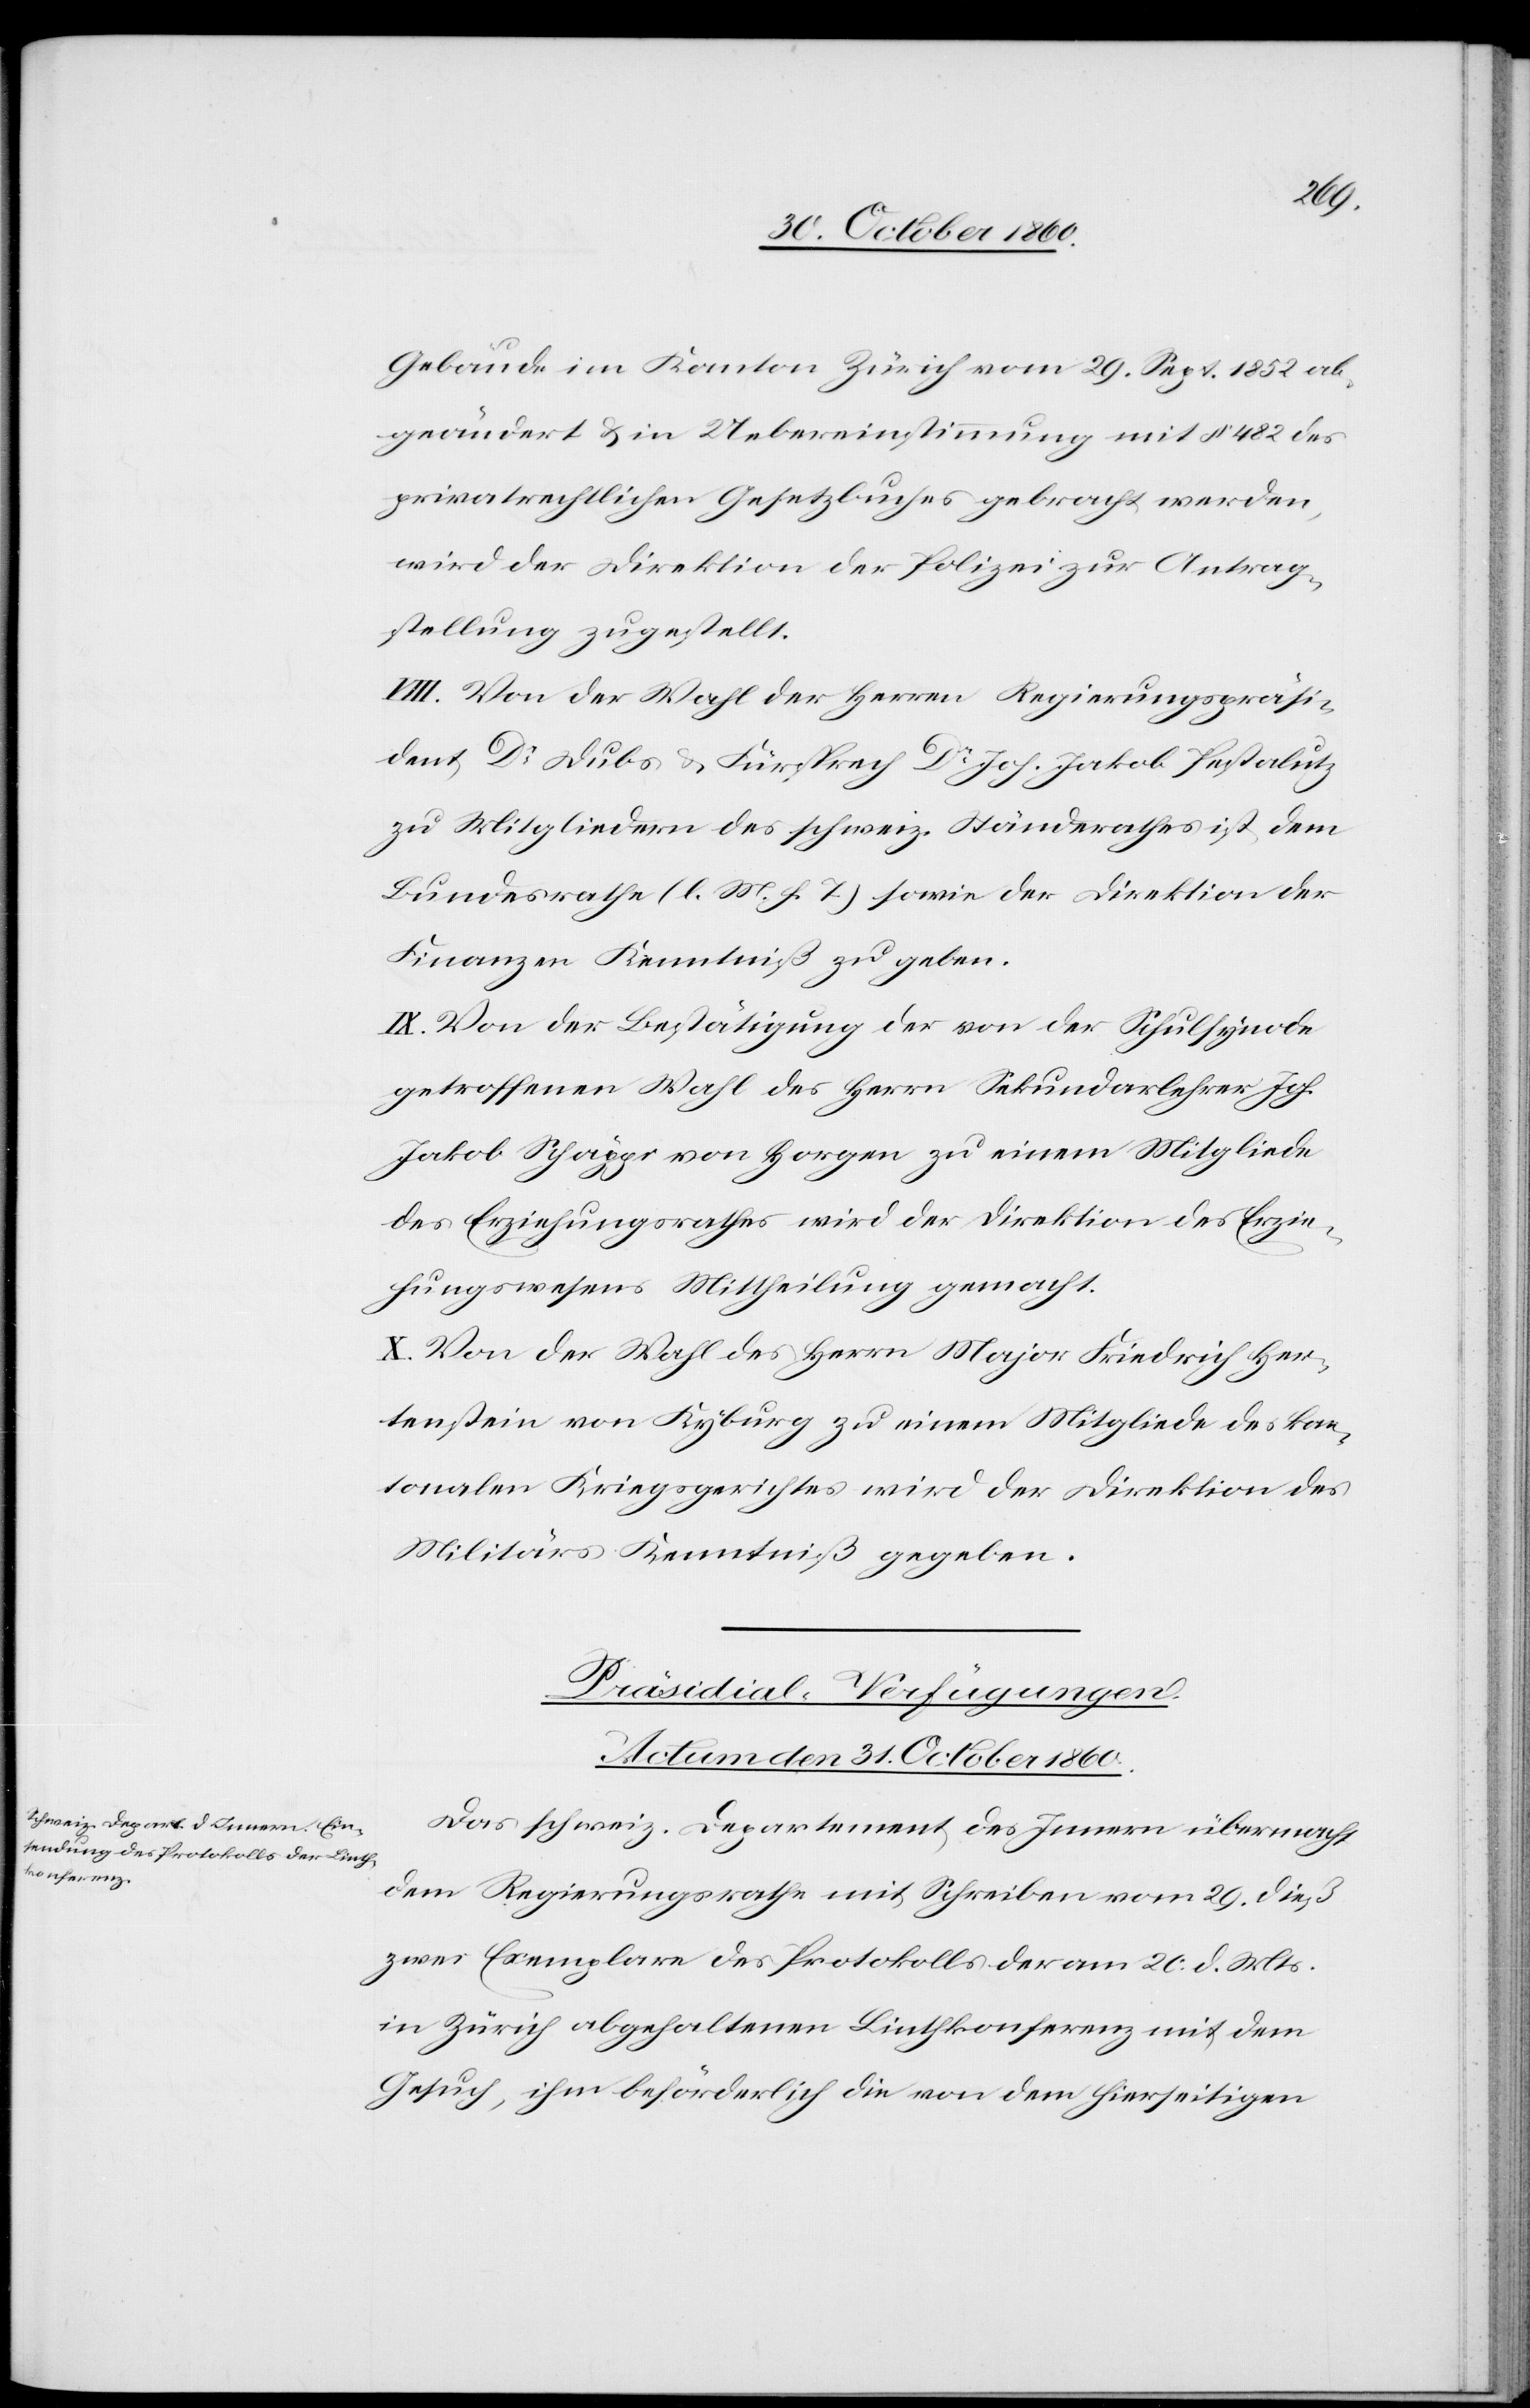
Gebäude im Kanton Zürich vom 29. Sept. 1852 ab¬
geändert u. in Uebereinstimmung mit § 482 des
privatrechtlichen Gesetzbuches gebracht werden,
wird der Direktion der Polizei zur Antrag¬
stellung zugestellt.
VIII. Von der Wahl der Herren Regierungspräsi¬
dent Dr Dubs u. Fürsprech Dr Joh. Jakob Pestalutz
zu Mitgliedern des schweiz. Ständerathes ist dem
Bundesrathe (l. M. h. T.) sowie der Direktion der
Finanzen Kenntniß zu geben.
IX. Von der Bestätigung der von der Schulsynode
getroffenen Wahl des Herrn Sekundarlehrer Joh.
Jakob Schäppi von Horgen zu einem Mitgliede
des Erziehungsrathes wird der Direktion des Erzie¬
hungswesens Mittheilung gemacht.
X. Von der Wahl des Herrn Major Friedrich Her¬
tenstein von Kyburg zu einem Mitgliede des kan¬
tonalen Kriegsgerichtes wird der Direktion des
Militärs Kenntniß gegeben.
Präsidial-Verfügungen.
Actum den 31. October 1860.
Das schweiz. Departement des Innern übermacht
dem Regierungsrathe mit Schreiben vom 29. dieß
zwei Exemplare des Protokolls der am 20. d. Mts.
in Zürich abgehaltenen Linthkonferenz mit dem
Gesuch, ihm beförderlich die von dem hierseitigen